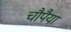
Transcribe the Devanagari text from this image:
चौपैया